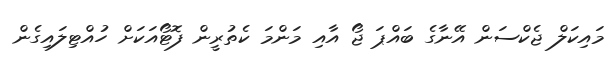
މައިކަލް ޖެކްސަން އޭނާގެ ބައްޕަ ޖޯ އާއި މަންމަ ކެތުރީން ފޮޓޯއަކަށް ހުއްޓިލައިގެން